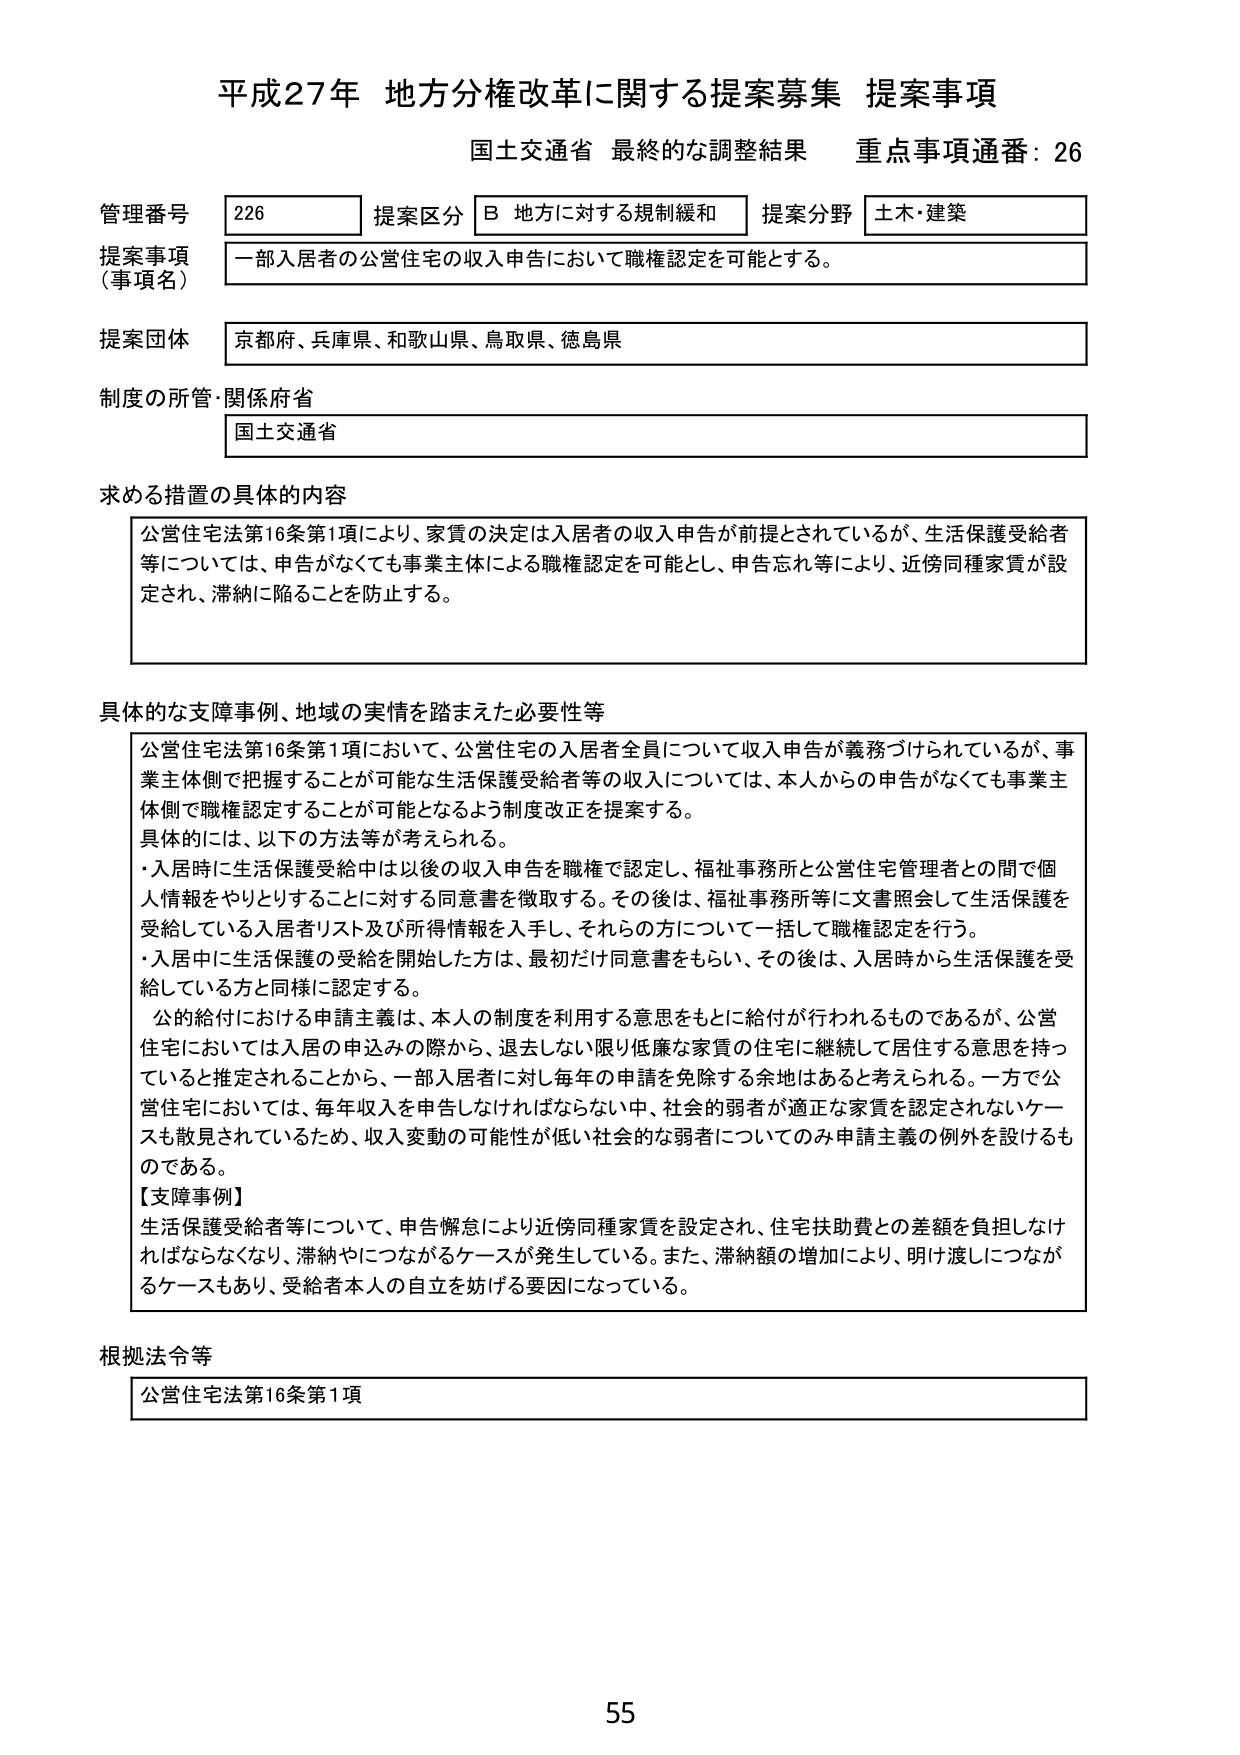
平成27年 地方分権改革に関する提案募集 提案事項
国土交通省 最終的な調整結果 重点事項通番：26

管理番号 226 提案区分 B 地方に対する規制緩和 提案分野 土木・建築
提案事項（事項名） 一部入居者の公営住宅の収入申告において職権認定を可能とする。
提案団体 京都府、兵庫県、和歌山県、鳥取県、徳島県
制度の所管・関係府省 国土交通省

求める措置の具体的内容
公営住宅法第16条第1項により、家賃の決定は入居者の収入申告が前提とされているが、生活保護受給者等については、申告がなくても事業主体による職権認定を可能とし、申告忘れ等により、近傍同種家賃が設定され、滞納に陥ることを防止する。

具体的な支障事例、地域の実情を踏まえた必要性等
公営住宅法第16条第1項において、公営住宅の入居者全員について収入申告が義務づけられているが、事業主体側で把握することが可能な生活保護受給者等の収入については、本人からの申告がなくても事業主体側で職権認定することが可能となるよう制度改正を提案する。
具体的には、以下の方法等が考えられる。
・入居時に生活保護受給中は以後の収入申告を職権で認定し、福祉事務所と公営住宅管理者との間で個人情報をやりとりすることに対する同意書を徴取する。その後は、福祉事務所等に文書照会して生活保護を受給している入居者リスト及び所得情報を入手し、それらの方について一括して職権認定を行う。
・入居中に生活保護の受給を開始した方は、最初だけ同意書をもらい、その後は、入居時から生活保護を受給している方と同様に認定する。
公的給付における申請主義は、本人の制度を利用する意思をもとに給付が行われるものであるが、公営住宅においては入居の申込みの際から、退去しない限り低廉な家賃の住宅に継続して居住する意思を持っていると推定されることから、一部入居者に対し毎年の申請を免除する余地はあると考えられる。一方で公営住宅においては、毎年収入を申告しなければならない中、社会的弱者が適正な家賃を認定されないケースも散見されているため、収入変動の可能性が低い社会的な弱者についてのみ申請主義の例外を設けるものである。
【支障事例】
生活保護受給者等について、申告懈怠により近傍同種家賃が設定され、住宅扶助費との差額を負担しなければならなくなり、滞納やにつながるケースが発生している。また、滞納額の増加により、明け渡しにつながるケースもあり、受給者本人の自立を妨げる要因になっている。

根拠法令等
公営住宅法第16条第1項

55